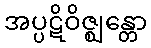
အပ္ပဋိဝိဇ္ဈန္တော